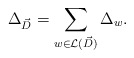
\begin{align*} \Delta_{\vec{D}}=\sum_{w\in \mathcal{L}(\vec{D})}\Delta_w.\end{align*}